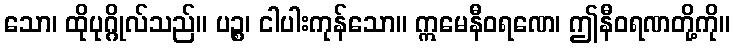
သော၊ ထိုပုဂ္ဂိုလ်သည်။ ပဉ္စ၊ ငါပါးကုန်သော။ ဣမေနီဝရဏေ၊ ဤနီဝရဏတို့ကို။